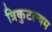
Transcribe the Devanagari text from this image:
त्रिकुटल्यम